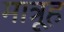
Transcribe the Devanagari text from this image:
मात्रूह